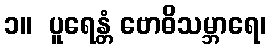
၁။  ပူရေန္တံ ဗောဓိသမ္ဘာရေ၊